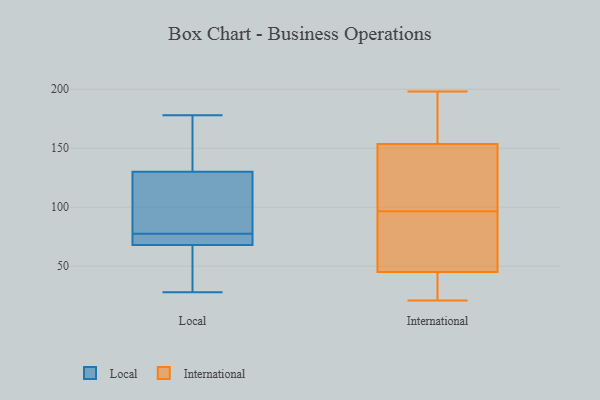
{"axis": {"x": "Humidity (%)", "y": "Value"}, "legend": ["International", "Local"], "data": [{"x": "", "y": 66, "type": "Local"}, {"x": "", "y": 147, "type": "Local"}, {"x": "", "y": 73, "type": "Local"}, {"x": "", "y": 82, "type": "Local"}, {"x": "", "y": 95, "type": "Local"}, {"x": "", "y": 28, "type": "Local"}, {"x": "", "y": 113, "type": "Local"}, {"x": "", "y": 70, "type": "Local"}, {"x": "", "y": 178, "type": "Local"}, {"x": "", "y": 70, "type": "Local"}, {"x": "", "y": 34, "type": "Local"}, {"x": "", "y": 150, "type": "Local"}, {"x": "", "y": 50, "type": "International"}, {"x": "", "y": 102, "type": "International"}, {"x": "", "y": 145, "type": "International"}, {"x": "", "y": 40, "type": "International"}, {"x": "", "y": 21, "type": "International"}, {"x": "", "y": 73, "type": "International"}, {"x": "", "y": 139, "type": "International"}, {"x": "", "y": 177, "type": "International"}, {"x": "", "y": 29, "type": "International"}, {"x": "", "y": 168, "type": "International"}, {"x": "", "y": 110, "type": "International"}, {"x": "", "y": 198, "type": "International"}, {"x": "", "y": 71, "type": "International"}, {"x": "", "y": 162, "type": "International"}, {"x": "", "y": 39, "type": "International"}, {"x": "", "y": 91, "type": "International"}]}